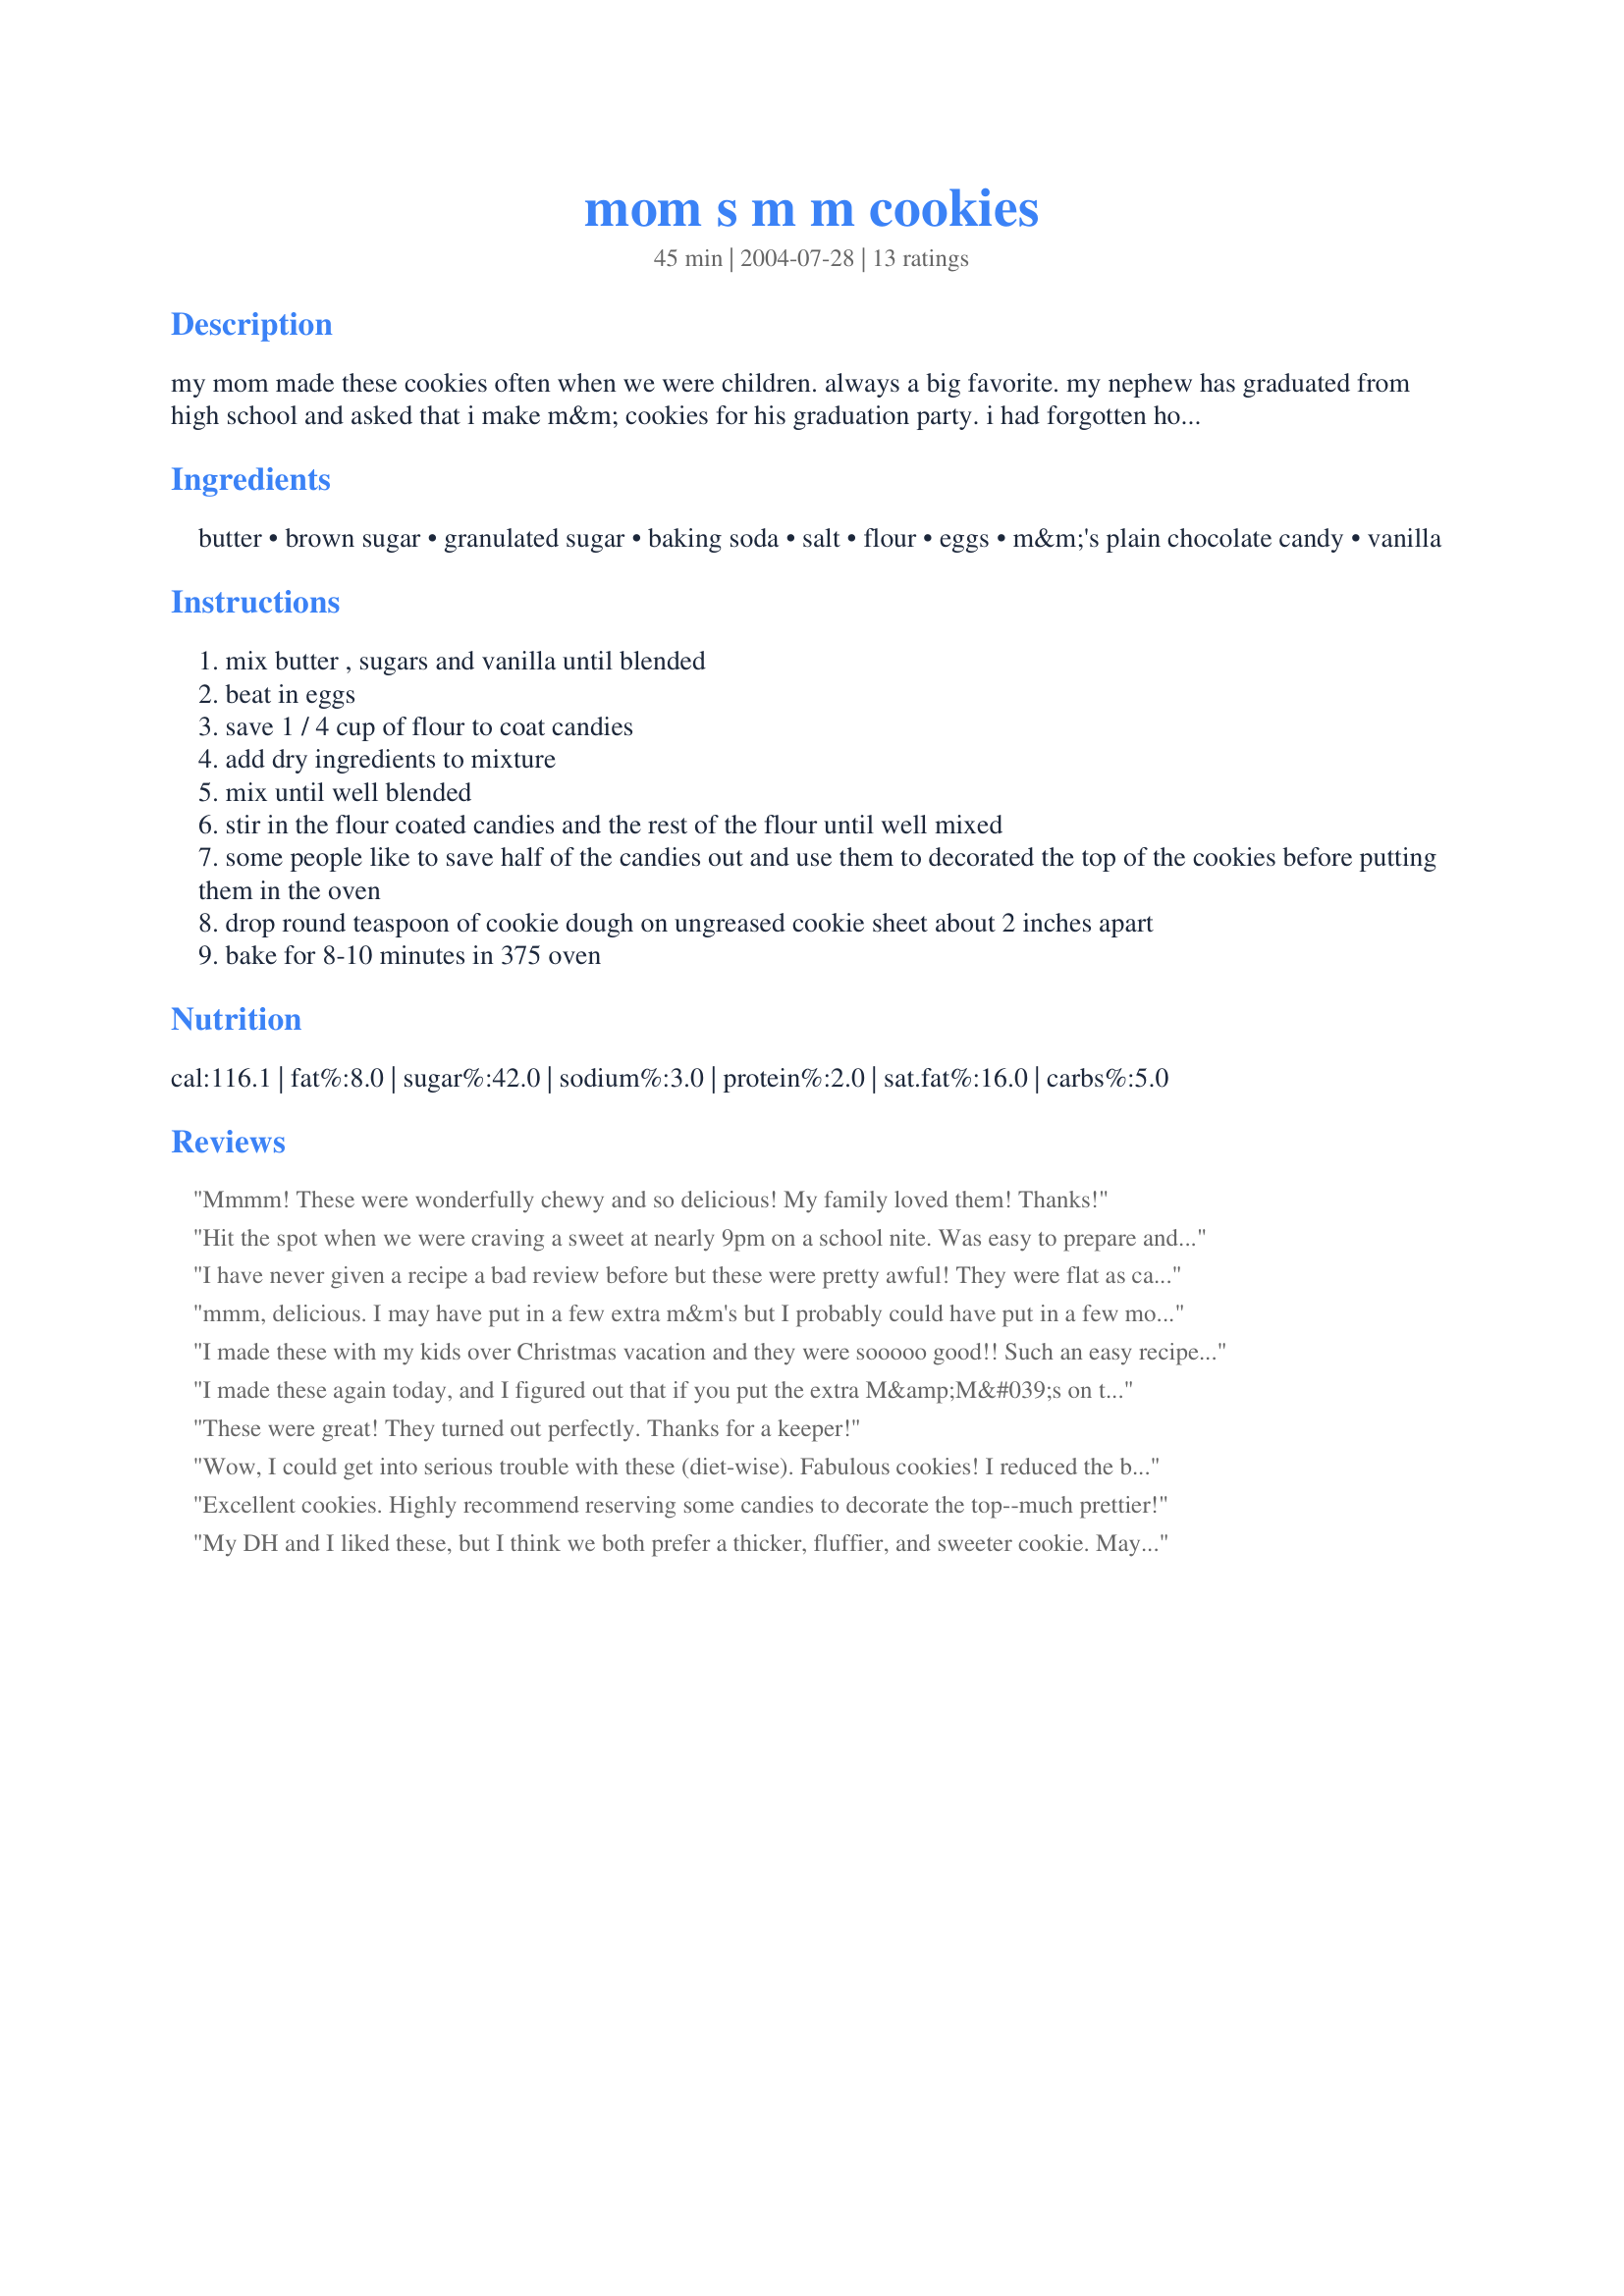
mom s m m cookies
Preparation time: 45 minutes

my mom made these cookies often when we were children. always a big favorite. my nephew has graduated from high school and asked that i make m&m cookies for his graduation party. i had forgotten how wonderful they are. try them...ummmm..

Ingredients:
butter, brown sugar, granulated sugar, baking soda, salt, flour, eggs, m&m's plain chocolate candy, vanilla

Steps:
mix butter , sugars and vanilla until blended
beat in eggs
save 1 / 4 cup of flour to coat candies
add dry ingredients to mixture
mix until well blended
stir in the flour coated candies and the rest of the flour until well mixed
some people like to save half of the candies out and use them to decorated the top of the cookies before putting them in the oven
drop round teaspoon of cookie dough on ungreased cookie sheet about 2 inches apart
bake for 8-10 minutes in 375 oven

Reviews:
Mmmm! These were wonderfully chewy and so delicious! My family loved them! Thanks!
Hit the spot when we were craving a sweet at nearly 9pm on a school nite. Was easy to prepare and cleanup was a breeze!
I have never given a recipe a bad review before but these were pretty awful! They were flat as can be! I'm talking like 1/16 of an inch with the M&M's poking out. The taste was only ok. I felt like it was a waste of food.
mmm, delicious. I may have put in a few extra m&m's but I probably could have put in a few more. I generally like a cookie to have at least 1 m&m per bite, these cookies have about 1 or 2 m&m-less bites because they spread out quite a bit.
I made these with my kids over Christmas vacation and they were sooooo good!! Such an easy recipe and delicious. Thanks for sharing....wish we could give you 10 stars!
I made these again today, and I figured out that if you put the extra M&amp;M&#039;s on top right after they come out of the oven, the shells of the candies on the top don&#039;t break or crack. Also, if you roll them into balls when you put them on the cookie sheets, they look bakery-perfect. I used sil-pat sheets instead of parchment paper, and it&#039;s now a five-star recipe, in my opinion! I brought them to a school event, and they were the first thing that was all gone!
These were great! They turned out perfectly. Thanks for a keeper!
Wow, I could get into serious trouble with these (diet-wise). Fabulous cookies! I reduced the butter by 1/4 cup, and increased the flour by 1/4 cup. The cookies are chewy with crisped edges, perfectly sweet and a hit with everyone in the family.
Excellent cookies. Highly recommend reserving some candies to decorate the top--much prettier!
My DH and I liked these, but I think we both prefer a thicker, fluffier, and sweeter cookie. Maybe it was just me, but before baking, the dough was super sticky and hard to work with and then when I pulled them out of the oven, they were completely flattened out. Maybe because it only calls for butter and no shortening? They are very soft and chewy though and we really like that. I took a photo so you can see the end result. Overall a pretty good cookie, but maybe just not suited to our taste.
Love this recipe and so does everyone who eats them. They are a huge hit. I add about a 1/2 cup extra flour so that they are soft and kind of doughy. I never liked m&m cookies until now. Thanks for sharing!
I found a candy store that sold individual colors of M&Ms! I bought my cousin's school colors and sent him these at college - huge hit and really fun! Delicious!
a bit to mushy and crunchy for my liking
